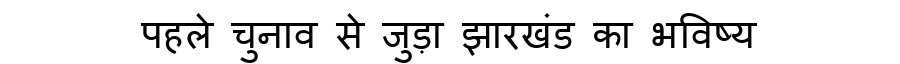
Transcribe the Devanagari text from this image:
पहले चुनाव से जुड़ा झारखंड का भविष्य